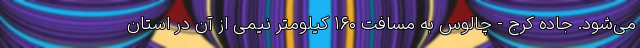
می‌شود. جاده کرج - چالوس به مسافت ۱۶۰ کیلومتر نیمی از آن در استان